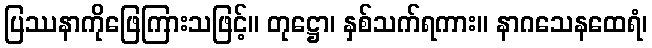
ပြဿနာကိုဖြေကြားသဖြင့်။ တုဋ္ဌော၊ နှစ်သက်ရကား။ နာဂသေနထေရံ၊